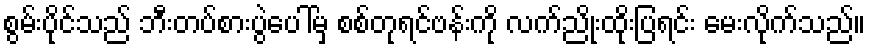
စွမ်းပိုင်သည် ဘီးတပ်စားပွဲပေါ်မှ စစ်တုရင်ဗန်းကို လက်ညိုးထိုးပြရင်း မေးလိုက်သည်။